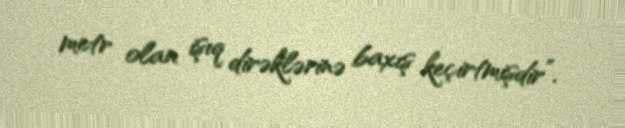
metr olan işıq dirəklərinə baxış keçirtmişdir”.